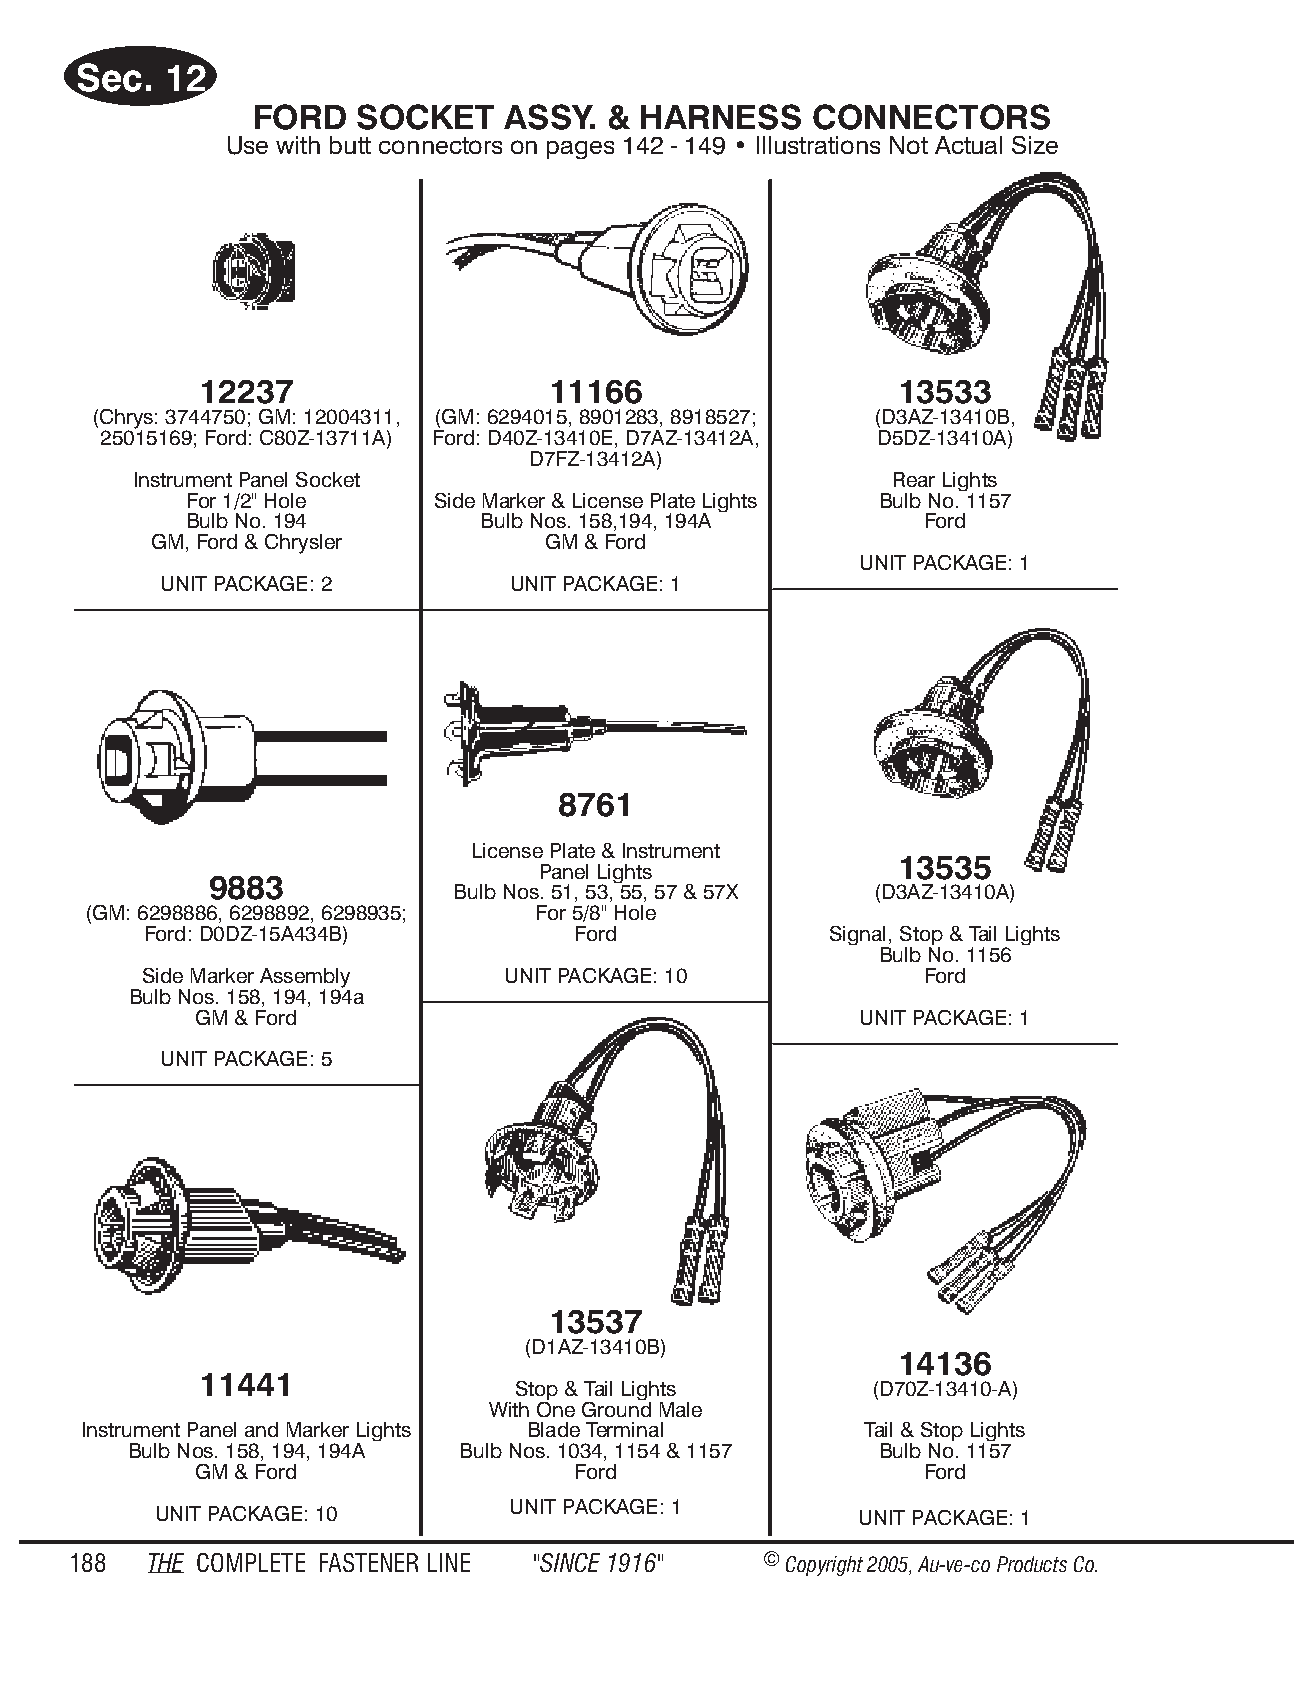
Sec.  12
 FORD   SOCKET    ASSY. &  HARN  ESS  CONN   ECT ORS
 Use with butt con nec tors on pages 142 - 149 • Il lus tra tions Not Ac tual Size
 12237                   11166                  13533
 (Chrys: 3744750; GM: 12004311, (GM: 6294015, 8901283, 8918527; (D3AZ-13410B,
 25015169; Ford: C80Z-13711A) Ford: D40Z-13410E, D7AZ-13412A, D5DZ-13410A)
 D7FZ-13412A)
 Instrument Panel Socket                           Rear Lights
 For 1/2" Hole   Side Marker & License Plate Lights Bulb No. 1157
 Bulb No. 194       Bulb Nos. 158,194, 194A      Ford
 GM, Ford & Chrysler       GM & Ford
 UNIT PACKAGE: 1
 UNIT PACKAGE: 2        UNIT PACKAGE: 1
 8761
 License Plate & Instrument
 13535
 Panel Lights
 9883
 Bulb Nos. 51, 53, 55, 57 & 57X (D3AZ-13410A)
 (GM: 6298886, 6298892, 6298935; For 5/8" Hole
 Ford: D0DZ-15A434B)         Ford             Signal, Stop & Tail Lights
 Bulb No. 1156
 Side Marker Assembly    UNIT PACKAGE: 10           Ford
 Bulb Nos. 158, 194, 194a
 GM & Ford                                   UNIT PACKAGE: 1
 UNIT PACKAGE: 5
 13537
 (D1AZ-13410B)
 14136
 11441
 Stop & Tail Lights      (D70Z-13410-A)
 With One Ground Male
 Instrument Panel and Marker Lights Blade Terminal  Tail & Stop Lights
 Bulb Nos. 158, 194, 194A Bulb Nos. 1034, 1154 & 1157 Bulb No. 1157
 GM & Ford                Ford                   Ford
 UNIT PACKAGE: 1
 UNIT PACKAGE: 10                               UNIT PACKAGE: 1
 188  THE COM PLETE FAST ENER LINE "SINCE 1916" © Copyr ight 2005, Au-ve-co Produ cts Co.